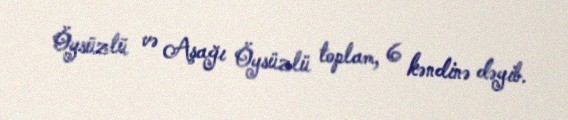
Öysüzlü və Aşağı Öysüzlü toplam, 6 kəndinə dəyib.